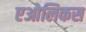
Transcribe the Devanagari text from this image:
एओलिकस